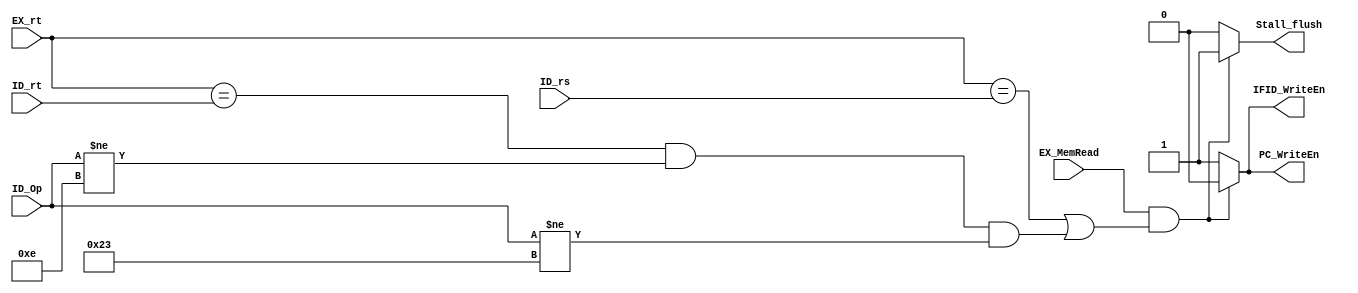
`timescale 1ns / 1ps
//////////////////////////////////////////////////////////////////////////////////
// Company: 
// Engineer: 
// 
// Design Name: 
// Module Name:    Stall_control 
// Project Name: 
// Target Devices: 
// Tool versions: 
// Description: 
//
// Dependencies: 
//
// Revision: 
// Revision 0.01 - File Created
// Additional Comments: 
//
//////////////////////////////////////////////////////////////////////////////////

 module StallControl
 (
  output reg PC_WriteEn,IFID_WriteEn,Stall_flush,
  input wire EX_MemRead,EX_rt,ID_rs,ID_rt,
  input wire [5:0] ID_Op
  );
  
  always @(EX_MemRead || EX_rt || ID_rs || ID_rt)
   begin
    if ((EX_MemRead==1)&&((EX_rt==ID_rs)||((EX_rt==ID_rt)&&(ID_Op!= 6'b001110)&&(ID_Op!= 6'b100011))))
     begin
      PC_WriteEn=1'b0;
      IFID_WriteEn=1'b0;
      Stall_flush =1'b1;
     end
    else
     begin
      PC_WriteEn=1'b1;
      IFID_WriteEn=1'b1;
      Stall_flush =1'b0;
     end
   end
	
 endmodule